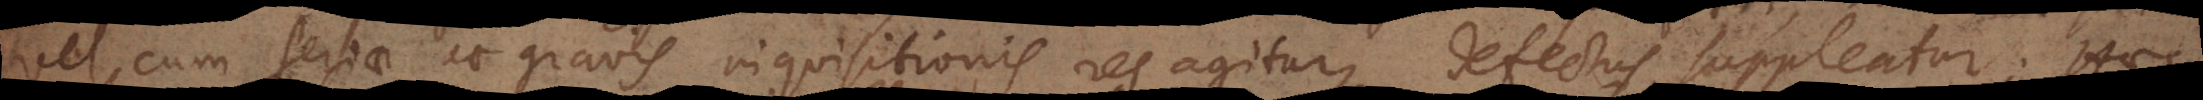
vel cum seriae et gravis inquisitionis res agitur, defectus suppleatur. Haec